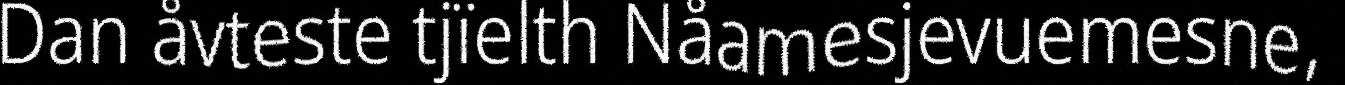
Dan åvteste tjïelth Nåamesjevuemesne,